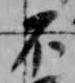
不